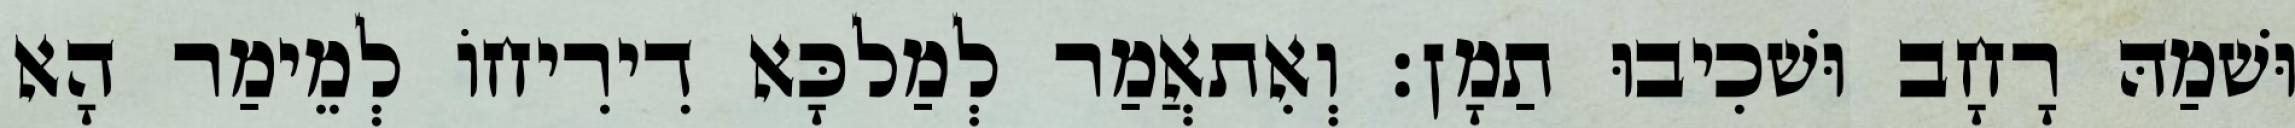
וּשׁמַהּ רָחָב וּשׁכִיבוּ תַמָן׃ וְאִתאֲמַר לְמַלכָּא דִירִיחוֹ לְמֵימַר הָא